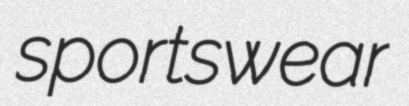
sportswear